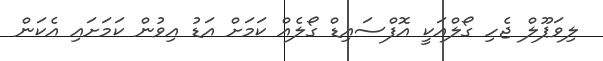
ލިވަޕޫލް ޖެހި ގޯލްއަކީ އޮފްސައިޑް ގޯލެއް ކަމަށް އަޑު އިވުން ކަމަށައި އެކަން